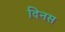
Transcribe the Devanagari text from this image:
दिनस